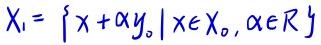
$X_1 = \{ x + \alpha y_0 \mid x \in X_0, \alpha \in \mathbb{R} \}$